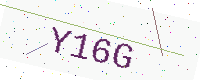
Text: Y16G